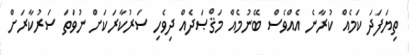
ތިޔަފަދަ ކަމެއް ކުރާނެ އެއްވެސް ބޭނުމެއް މަޤްޞަދެއް ދިވެހި ސަރުކާރަކަށް ނުވަތަ ސަރުކާރަށް